Annual report of the Punjab Veterinary College and of the Civil Veterinary Department, Punjab - 1909-1919
Year: 1909
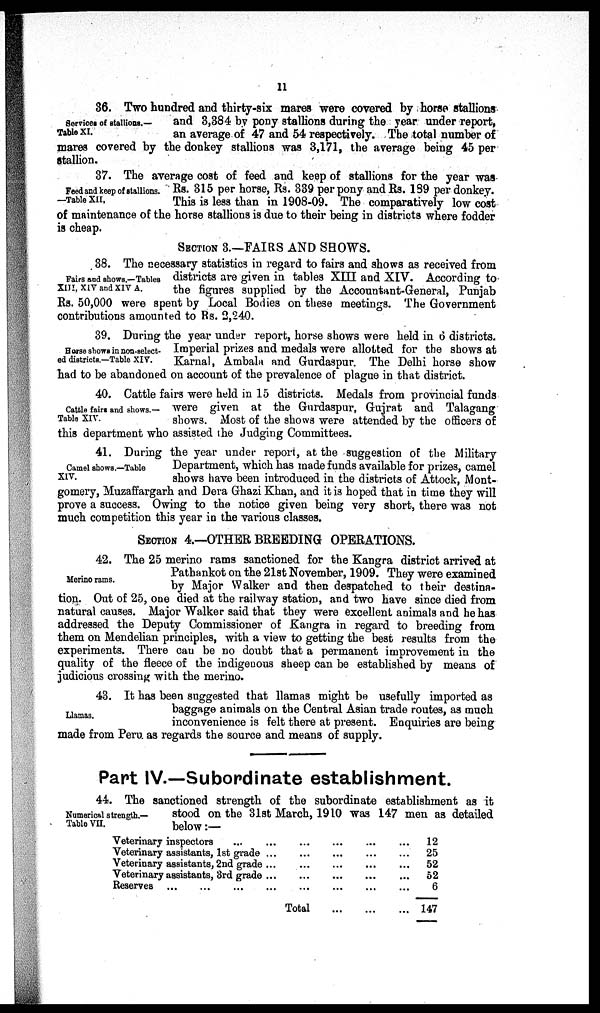
11
Services of stallions.—
Table XI.
36. Two hundred and thirty-six mares were covered by horse stallions
and 3,384 by pony stallions during the year under report,
an average of 47 and 54 respectively. The total number of
mares covered by the donkey stallions was 3,171, the average being 45 per
stallion.
Feed and keep of stallions.
—Table XII,
37. The average cost of feed and keep of stallions for the year was
Rs. 315 per horse, Rs. 339 per pony and Rs. 189 per donkey.
This is less than in 1908-09. The comparatively low cost
of maintenance of the horse stallions is due to their being in districts where fodder
is cheap.
SECTION 3.—FAIRS AND SHOWS.
Fairs and shows.—Tables
XIII, XIV and XIV A.
38. The necessary statistics in regard to fairs and shows as received from
districts are given in tables XIII and XIV. According to
the figures supplied by the Accountant-General, Punjab
Rs. 50,000 were spent by Local Bodies on these meetings. The Government
contributions amounted to Rs. 2,240.
Horse shows in non-select¬
ed districts.—Table XIV.
39. During the year under report, horse shows were held in 6 districts.
Imperial prizes and medals were allotted for the shows at
Karnal, Ambala and Gurdaspur. The Delhi horse show
had to be abandoned on account of the prevalence of plague in that district.
Cattle fairs and shows.—
Table XIV.
40. Cattle fairs were held in 15 districts. Medals from provincial funds
were given at the Gurdaspur, Gujrat and Talagang
shows. Most of the shows were attended by the officers of
this department who assisted the Judging Committees.
Camel shows .—Table
XIV.
41. During the year under report, at the suggestion of the Military
Department, which has made funds available for prizes, camel
shows have been introduced in the districts of Attock, Mont-
gomery, Muzaffargarh and Dera Ghazi Khan, and it is hoped that in time they will
prove a success. Owing to the notice given being very short, there was not
much competition this year in the various classes.
SECTION 4.—OTHER BREEDING OPERATIONS.
Merino rams.
42. The 25 merino rams sanctioned for the Kangra district arrived at
Pathankot on the 21st November, 1909. They were examined
by Major Walker and then despatched to their destina-
tion. Out of 25, one died at the railway station, and two have since died from
natural causes. Major Walker said that they were excellent animals and he has
addressed the Deputy Commissioner of Kangra in regard to breeding from
them on Mendelian principles, with a view to getting the best results from the
experiments. There can be no doubt that a permanent improvement in the
quality of the fleece of the indigenous sheep can be established by means of
judicious crossing with the merino.
Llamas.
43. It has been suggested that llamas might be usefully imported as
baggage animals on the Central Asian trade routes, as much
inconvenience is felt there at present. Enquiries are being
made from Peru as regards the source and means of supply.
Part IV.—Subordinate establishment.
Numerical strength.—
Table VII.
44. The sanctioned strength of the subordinate establishment as it
stood on the 31st March, 1910 was 147 men as detailed
below:—
Veterinary inspectors ...
Veterinary assistants, 1st grade
Veterinary assistants, 2nd grade
Veterinary assistants, 3rd grade
Reserves … … …
...
…
...
...
...
...
...
...
...
...
Total
...
...
...
...
...
...
...
...
...
...
...
...
...
...
...
...
...
...
12
25
52
52
6
147